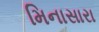
મિનાસારા